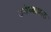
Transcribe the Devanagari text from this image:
उमैय्याकाल